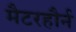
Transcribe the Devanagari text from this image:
मैटरहौर्न